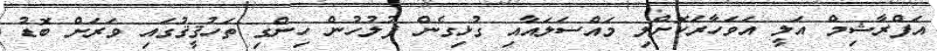
އަފްރާޝިމް އަލީ އަވަހާރަކޮށްލި މައްސަލައާއި ގުޅިގެން ފުލުހުން ހިންގި ތަހުޤީޤުގައި ވަރަށް ބޮޑު